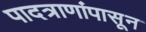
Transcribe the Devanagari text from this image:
पादत्राणांपासून